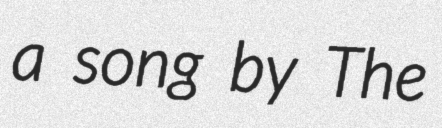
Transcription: a song by The